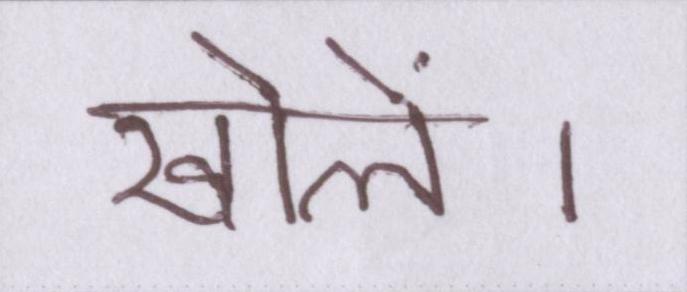
खोलें।